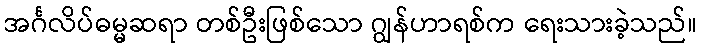
အင်္ဂလိပ်ဓမ္မဆရာ တစ်ဦးဖြစ်သော ဂျွန်ဟာရစ်က ရေးသားခဲ့သည်။